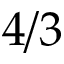
4 / 3